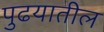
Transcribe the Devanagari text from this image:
पुढयातील